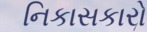
નિકાસકારો